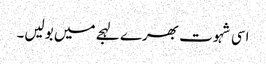
اسی شہوت بھرے لہجے میں بولیں۔